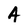
Character: A